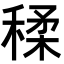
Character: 𥠊